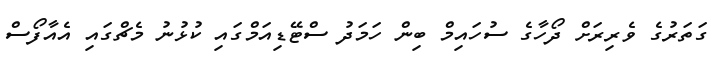
ގަތަރުގެ ވެރިރަށް ދޯހާގެ ސުހައިމް ބިން ހަމަދު ސްޓޭޑިއަމްގައި ކުޅުނު މެޗްގައި އެއާފޯސް